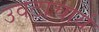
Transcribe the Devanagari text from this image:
उवटाचार्य